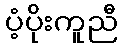
ပံ့ပိုးကူညီ